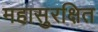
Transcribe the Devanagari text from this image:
महासुरक्षित